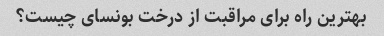
بهترین راه برای مراقبت از درخت بونسای چیست؟